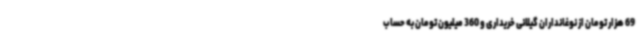
69 هزار تومان از نوغانداران گیلانی خریداری و 360 میلیون تومان به حساب